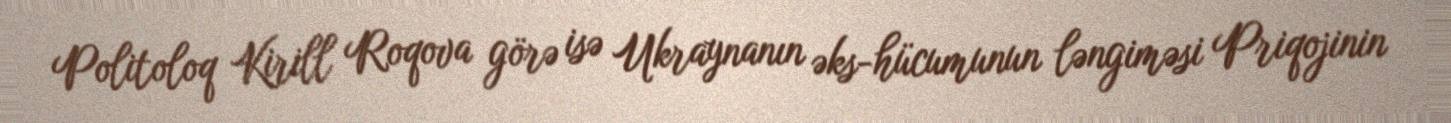
Politoloq Kirill Roqova görə isə Ukraynanın əks-hücumunun ləngiməsi Priqojinin